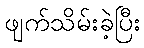
ဖျက်သိမ်းခဲ့ပြီး